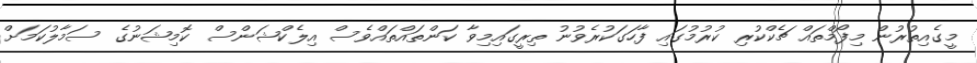
މީގެއިތުރުން މިފޯމްތައް ޗެކްކުރި ކުރުމުގައި ފާހަގަކުރެވުނު ތިރީގައިމިވާ ކަންތައްތައްވެސް އިލެކްޝަންސް ކޮމިޝަނުގެ ސަމާލުކަމަށް